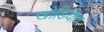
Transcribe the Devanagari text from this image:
खोडियात